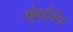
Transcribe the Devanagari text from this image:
मुंबईचेच